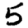
Digit: 5